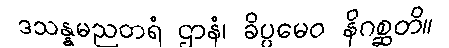
ဒသန္နမညတရံ ဌာနံ၊ ခိပ္ပမေဝ နိဂစ္ဆတိ။